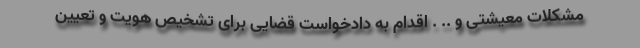
مشکلات معیشتی و .. . اقدام به دادخواست قضایی برای تشخیص هویت و تعیین